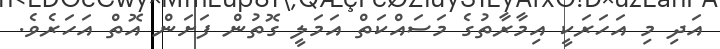
އަދި މި އަހަރަކީ އިމާރާތުގެ މަސައްކަތް އަަމަލީ ގޮތުން ފަށަން އޮތް އަަހަރެވެ.